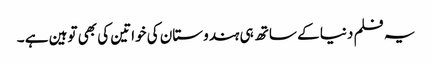
یہ فلم دنیا کے ساتھ ہی ہندوستان کی خواتین کی بھی توہین ہے ۔